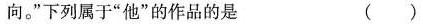
向。”下列属于”他”的作品的是 ( )